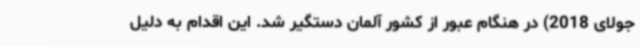
جولای 2018) در هنگام عبور از کشور آلمان دستگیر شد. این اقدام به دلیل